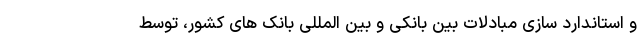
و استاندارد سازی مبادلات بین بانکی و بین المللی بانک های کشور، توسط